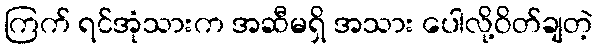
ကြက် ရင်အုံသားက အဆီမရှိ အသား ပေါလို့ဝိတ်ချတဲ့